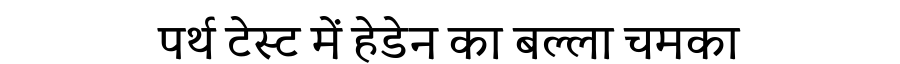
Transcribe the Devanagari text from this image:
पर्थ टेस्ट में हेडेन का बल्ला चमका